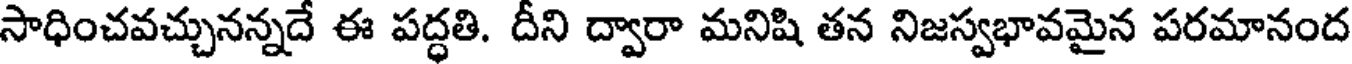
సాధించవచ్చునన్నదే ఈ పద్ధతి. దీని ద్వారా మనిషి తన నిజస్వభావమైన పరమానంద